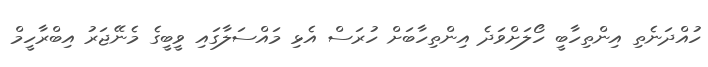
ހުއްދަނެތި އިންތިހާބީ ހޯލަށްވަދެ އިންތިހާބަށް ހުރަސް އެޅި މައްސަލާގައި ވީބީގެ މެނޭޖަރު އިބްރާހީމް